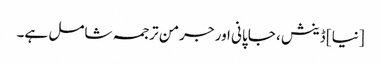
[نیا] ڈینش ، جاپانی اور جرمن ترجمہ شامل ہے۔